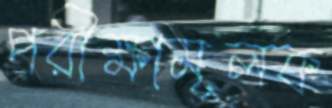
পরীক্ষামূলক